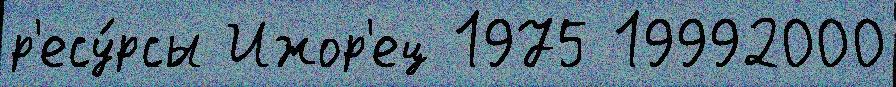
р'есу́рсы Ижор'ец 1975 19992000